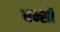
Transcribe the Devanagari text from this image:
धन्सी